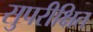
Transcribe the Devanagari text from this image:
सुपरीक्षित